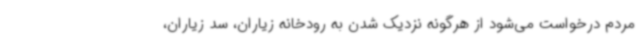
مردم درخواست می‌شود از هرگونه نزدیک شدن به رودخانه زیاران، سد زیاران،